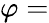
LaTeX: \varphi=